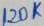
Text: 120K